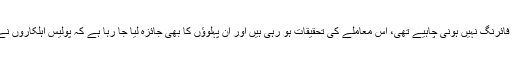
وزیر اعظم شاہد خاقان عباسی کا کہنا تھا کہ قصور میں احتجاج کے دوران فائرنگ نہیں ہونی چاہیے تھی، اس معاملے کی تحقیقات ہو رہی ہیں اور ان پہلوﺅں کا بھی جائزہ لیا جا رہا ہے کہ پولیس اہلکاروں نے جان کا خطرہ ہونے کی وجہ سے فائرنگ کی یا کچھ اور محرکات تھے؟